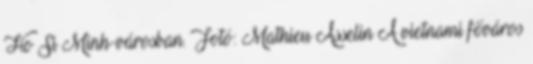
Ho Si Minh-városban. Fotó: Mathieu Asselin A vietnami főváros